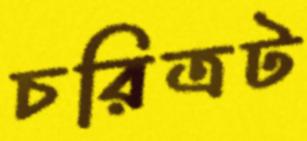
চরিত্রট